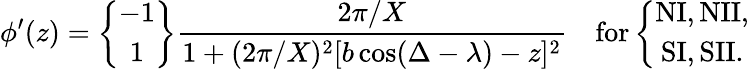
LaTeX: \phi^{\prime}(z)=\left\{ \begin{array}{c}{{-1}}\\ {{1}}\end{array}\right\} \frac{2\pi/X}{1+(2\pi/X)^{2}[b\cos(\Delta-\lambda)-z]^{2}}{}~~~~\mathrm{for}\left\{ \begin{array}{c}{{\mathrm{NI,NII,}}}\\ {{\mathrm{SI,SII.}}}\end{array}\right.